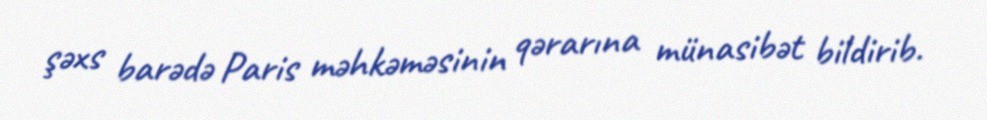
şəxs barədə Paris məhkəməsinin qərarına münasibət bildirib.